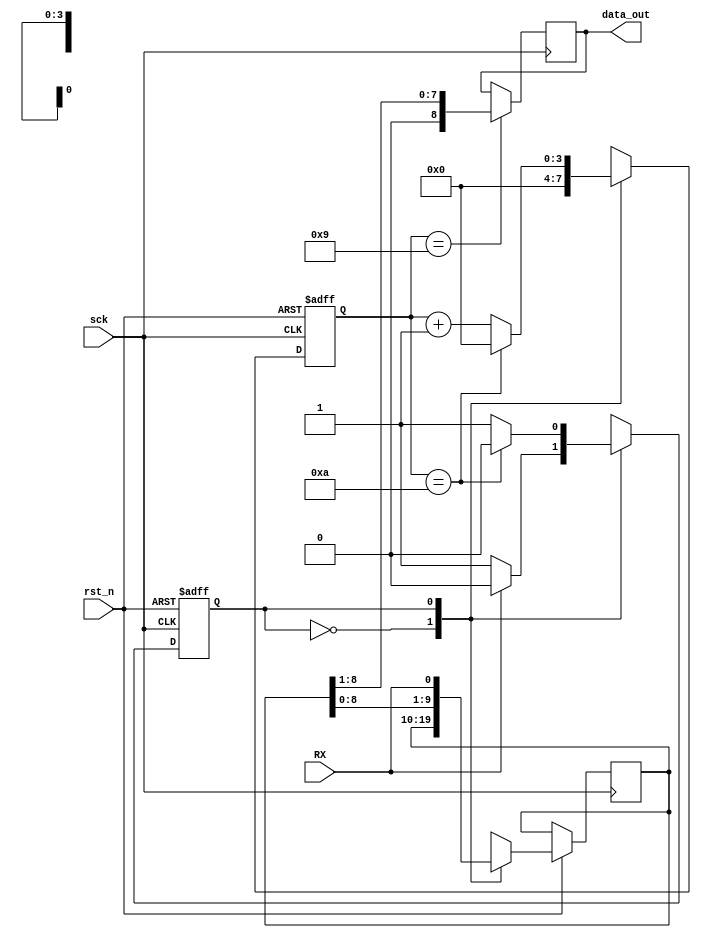
module UART_RX
	(
		input sck,
		input rst_n,
		input RX,
		output reg [8 : 0] data_out
	);
	
	localparam 	WAIT = 0,
					RECEIVE = 1;
	reg state;
	reg next_state;
	
	reg [9 : 0] buffer;
	reg [9 : 0] next_buffer;
	
	reg [3 : 0] cnt;
	reg [3 : 0] next_cnt;
	
	always @(posedge sck or negedge rst_n)
		begin
			if (! rst_n)
				begin
					state <= WAIT;
					cnt <= 4'b0;
				end
			else
				begin
					state <= next_state;
					cnt <= next_cnt;
					buffer <= next_buffer;
				end
		end
		
	always @*
		begin
			next_state = state;
			case (state)
				WAIT : 		if (! RX) 				next_state = RECEIVE;
				RECEIVE : 	if (cnt == 4'b1010) 	next_state = WAIT;
			endcase
		end
		
	always @*
		begin
			next_cnt = cnt + 1;
			case (state)
				WAIT : 									next_cnt = 4'b0;
				RECEIVE : 	if (cnt == 4'b1010) 	next_cnt = 4'b0;
			endcase
		end
		
	always @*
		begin
			case (state)
				WAIT :		next_buffer = buffer;
				RECEIVE :  	next_buffer = {buffer[8 : 0], RX};
			endcase
		end
		
	always @ (posedge sck)
		begin
			if (cnt == 4'b1001) data_out <= buffer[8 : 1]; 
		end
	
endmodule //UART_RX